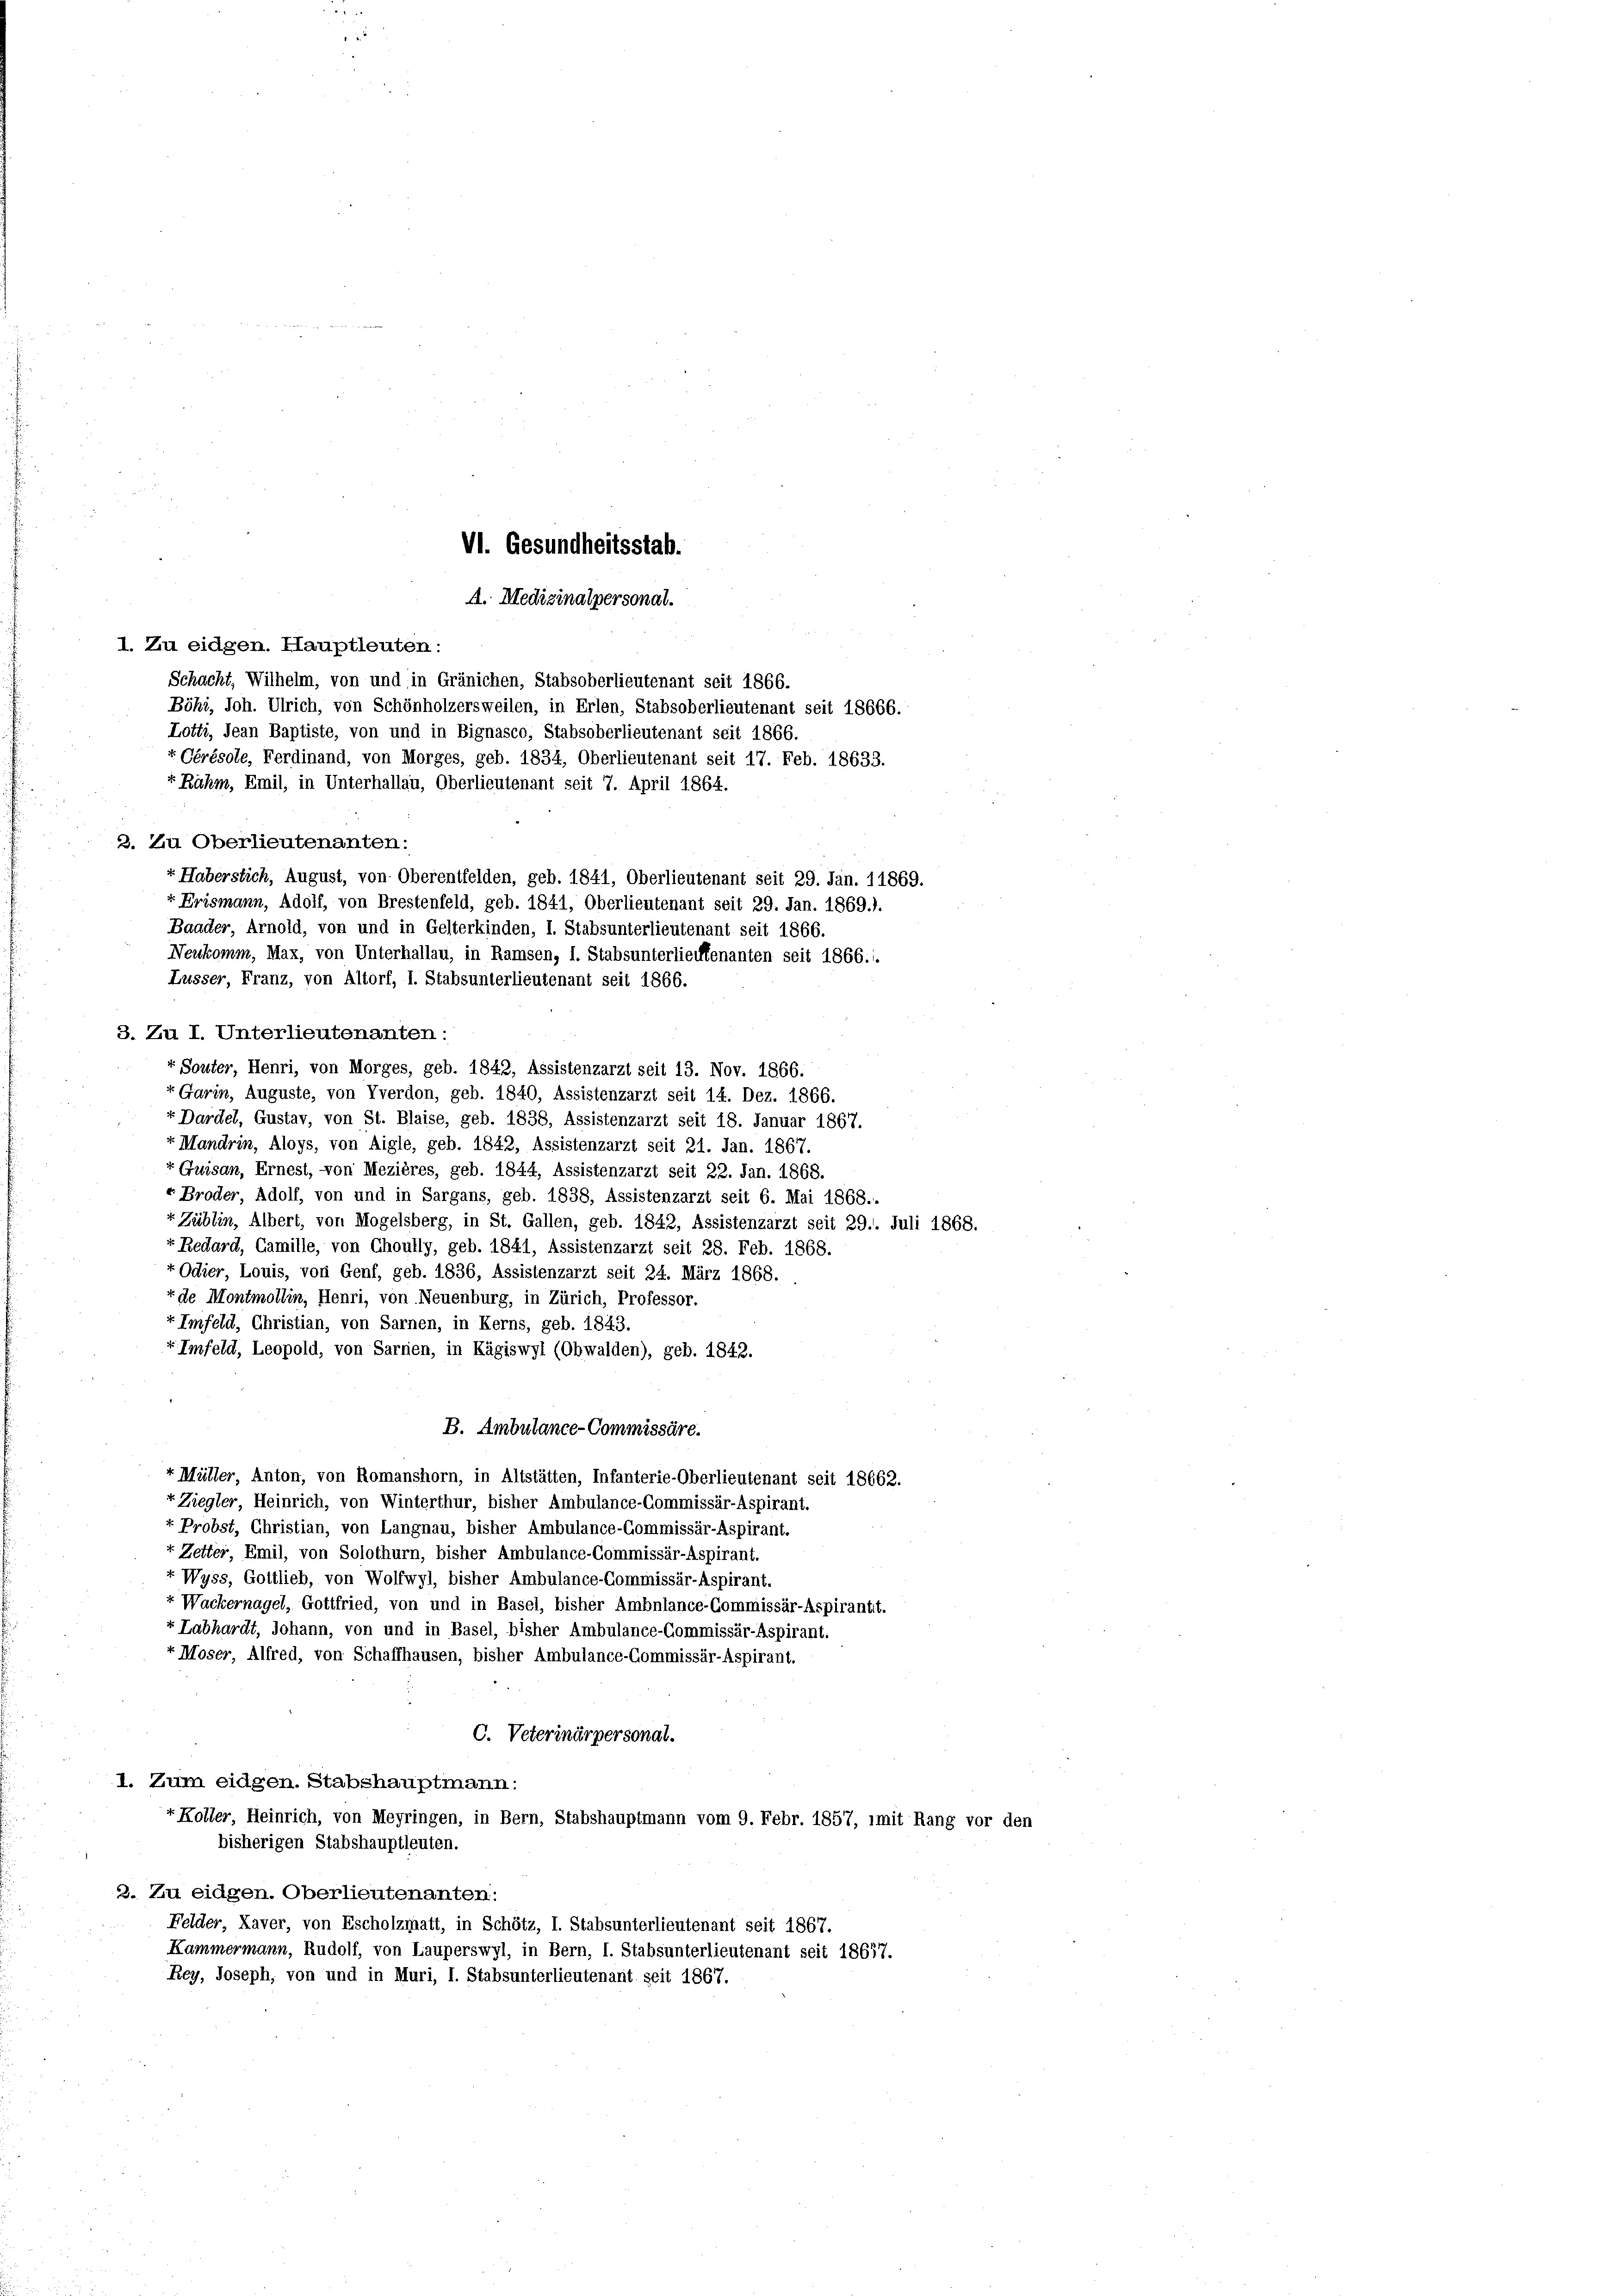
1. Zu eidgen. Hauptleuten:
Schacht, Wilhelm, von und in Gränichen, Stabsoberlieutenant seit 1866.
Böhi, Joh. Ulrich, von Schönholzersweilen, in Erlen, Stabsoberlieutenant seit 18666.
Lotti, Jean Baptiste, von und in Bignasco, Stabsoberlieutenant seit 1866.
r Cérésole, Ferdinand, von Morges, geb. 1834, Oberlieutenant seit 17. Feb. 18633.
+ Rahm, Emil, in Unterhallau, Oberlieutenant seit 7. April 1864.
3. Zu Oberlieutenanten.
v. Haberstich, August, von Oberentfelden, geb. 1841, Oberlieutenant seit 29. Jan. 11869.
r. Erismann, Adolf, von Brestenfeld, geb. 1841, Oberlieutenant seit 29. Jan. 1869.).
Baader, Arnold, von und in Gelterkinden, I. Stabsunterlieutenant seit 1866.
Neukomm, Max, von Unterhallau, in Ramsen, I. Stabsunterlieutenanten seit 1866.
Lusser, Franz, von Altorf, I. Stabsunterlieutenant seit 1866.
3. Zu I. Unterlieutenanten:
+ Souter, Henri, von Morges, geb. 1842, Assistenzarzt seit 13. Nov. 1866.
r Garin, Auguste, von Yverdon, geb. 1840, Assistenzarzt seit 14. Dez. 1866.
Dardel, Gustav, von St. Blaise, geb. 1838, Assistenzarzt seit 18. Januar 1867.
r Mandrin, Aloys, von Aigle, geb. 1842, Assistenzarzt seit 21. Jan. 1867.
r Quisan, Ernest, von Mezières, geb. 1844, Assistenzarzt seit 22. Jan. 1868.
r Broder, Adolf, von und in Sargans, geb. 1838, Assistenzarzt seit 6. Mai 1868..
v Züblin, Albert, von Mogelsberg, in St. Gallen, geb. 1842, Assistenzarzt seit 29.. Juli 1868.
v Redard, Camille, von Choully, geb. 1841, Assistenzarzt seit 28. Feb. 1868.
« Odier, Louis, von Genf, geb. 1836, Assistenzarzt seit 24. März 1868.
«de Montmollin, Henri, von Neuenburg, in Zürich, Professor.
«Imfeld, Christian, von Sarnen, in Kerns, geb. 1843.
«Imfeld, Leopold, von Sarnen, in Kägiswyl (Obwalden), geb. 1842.
B. Ambulance-Commissäre.
r Müller, Anton, von Romanshorn, in Altstätten, Infanterie-Oberlieutenant seit 18662.
+ Ziegler, Heinrich, von Winterthur, bisher Ambulance-Commissär-Aspirant.
+ Probst, Christian, von Langnau, bisher Ambulance-Commissär-Aspirant.
+ Zetter, Emil, von Solothurn, bisher Ambulance-Commissär-Aspirant.
r Wyss, Gottlieb, von Wolfwyl, bisher Ambulance-Commissär-Aspirant.
« Wackernagel, Gottfried, von und in Basel, bisher Ambulance-Commissär-Aspirantit.
Labhardt, Johann, von und in Basel, bisher Ambulance-Commissär-Aspirant.
r Moser, Alfred, von Schaffhausen, bisher Ambulance-Commissär-Aspirant.
C. Veterinärpersonal.
1. Zum eidgen. Stabshauptmann:
+ Koller, Heinrich, von Meyringen, in Bern, Stabshauptmann vom 9. Febr. 1857, imit Rang vor den
bisherigen Stabshauptleuten.
3. Zu eidgen. Oberlieutenanten:
Felder, Xaver, von Escholzmatt, in Schötz, I. Stabsunterlieutenant seit 1867.
Kammermann, Rudolf, von Lauperswyl, in Bern, I. Stabsunterlieutenant seit 18637.
Rey, Joseph, von und in Muri, I. Stabsunterlieutenant seit 1867.

A. Medizinalpersonat.

VI. Gesundheitsstab.